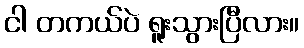
ငါ တကယ်ပဲ ရူးသွားပြီလား။